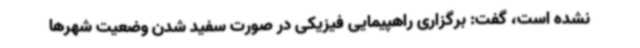
نشده است، گفت: برگزاری راهپیمایی فیزیکی در صورت سفید شدن وضعیت شهرها